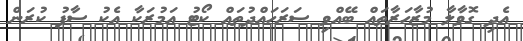
އެދި ގޮވާލާ މުޒާހަރާތައް ބޭއްވި ސަރަހައްދުތައް ކޯޓު އަމުރަކާ އެކު ސާފު ކުރަން